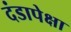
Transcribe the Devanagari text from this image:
दंडापेक्षा